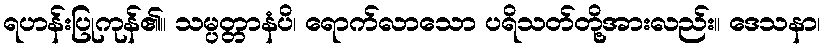
ရဟန်းပြုကုန်၏။ သမ္ပတ္တာနံပိ၊ ရောက်လာသော ပရိသတ်တို့အားလည်း။ ဒေသနာ၊